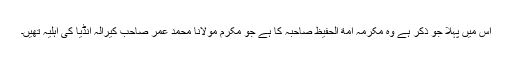
اس میں پہلا جو ذکر ہے وہ مکرمہ امة الحفیظ صاحبہ کا ہے جو مکرم مولانا محمد عمر صاحب کیرالہ انڈیا کی اہلیہ تھیں۔